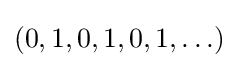
(0,1,0,1,0,1,\ldots )